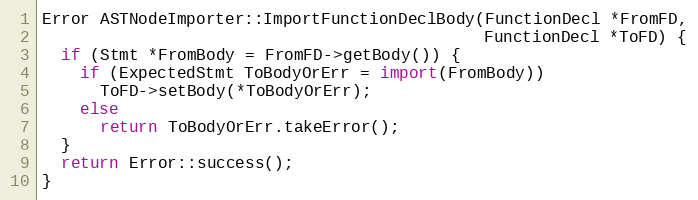
Language: C++
Error ASTNodeImporter::ImportFunctionDeclBody(FunctionDecl *FromFD,
                                              FunctionDecl *ToFD) {
  if (Stmt *FromBody = FromFD->getBody()) {
    if (ExpectedStmt ToBodyOrErr = import(FromBody))
      ToFD->setBody(*ToBodyOrErr);
    else
      return ToBodyOrErr.takeError();
  }
  return Error::success();
}